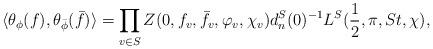
LaTeX: \begin{align*}\langle\theta_\phi(f),\theta_{\bar{\phi}}(\bar{f})\rangle=\prod_{v\in S}Z(0, f_v,\bar{f}_v,\varphi_v,\chi_v)d_n^S(0)^{-1}L^S(\frac{1}{2},\pi, St,\chi),\end{align*}